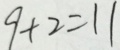
9 + 2 = 1 1